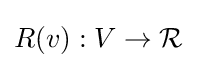
R(v):V\to {\mathcal {R}}